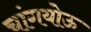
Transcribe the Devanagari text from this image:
चांगयोऊ